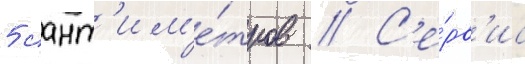
5 сант'им'е́тров // С'е́рв'ис